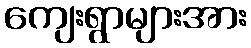
ကျေးရွာများအား